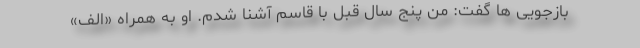
بازجویی ها گفت: من پنج سال قبل با قاسم آشنا شدم. او به همراه «الف»